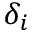
\delta _ { i }